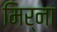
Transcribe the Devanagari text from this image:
मिर्ना